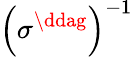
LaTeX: \left(\sigma^{\ddag}\right)^{-1}